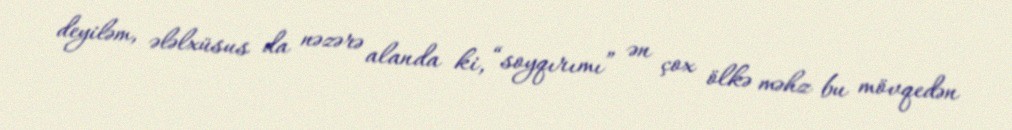
deyiləm, ələlxüsus da nəzərə alanda ki, “soyqırımı” ən çox ölkə məhz bu mövqedən